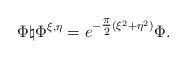
LaTeX: \begin{align*}\Phi \natural \Phi^{\xi,\eta} = e^{- \tfrac{\pi}{2}(\xi^2 + \eta^2)} \Phi .\end{align*}